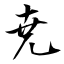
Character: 尭